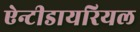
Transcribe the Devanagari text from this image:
ऐन्टीडायरियल